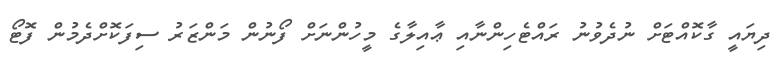
ދިޔައީ ގާކޮއްޓަށް ނުދެވުނު ރައްޓެހިންނާއި ޢާއިލާގެ މީހުންނަށް ފޯނުން މަންޒަރު ސިފަކޮށްދެމުން ފޮޓޯ